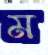
ম